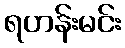
ရဟန်းမင်း